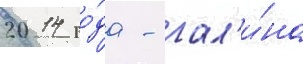
2014 го́да - гал'и́на